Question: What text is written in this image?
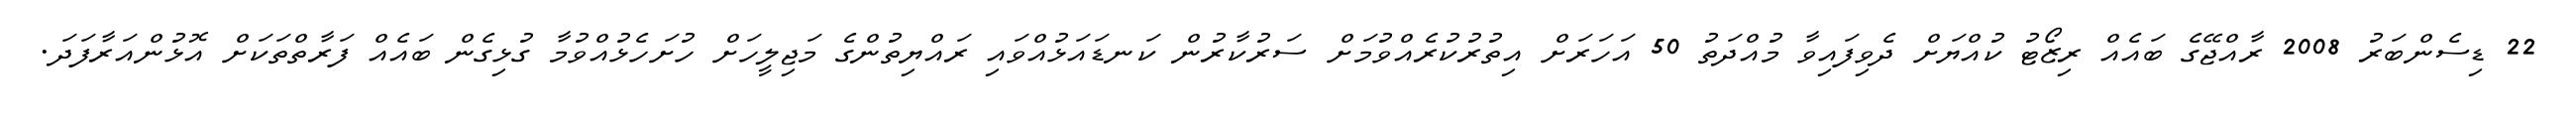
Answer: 22 ޑިސެންބަރު 2008 ރާއްޖޭގެ ބައެއް ރިޒޯޓު ކުއްޔަށް ދެވިފައިވާ މުއްދަތު 50 އަހަރަށް އިތުރުކުރެއްވުމަށް ސަރުކާރުން ކަނޑައަޅުއްވައި ރައްޔިތުންގެ މަޖިލީހަށް ހުށަހެޅުއްވުމާ ގުޅިގެން ބައެއް ފަރާތްތަކަށް އޮޅުންއަރާފަދަ.